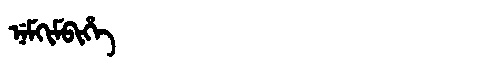
Manchu: ᠨᡝᠮᡴᡳᠮᠪᡳᡥᡝ
Romanization: NEMKIMBIHE